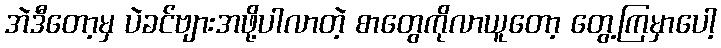
အဲဒီတော့မှ ပဲခင်ဗျားအဖို့ပါလာတဲ့ စာတွေကိုလာယူတော့ တွေ့ကြမှာပေါ့